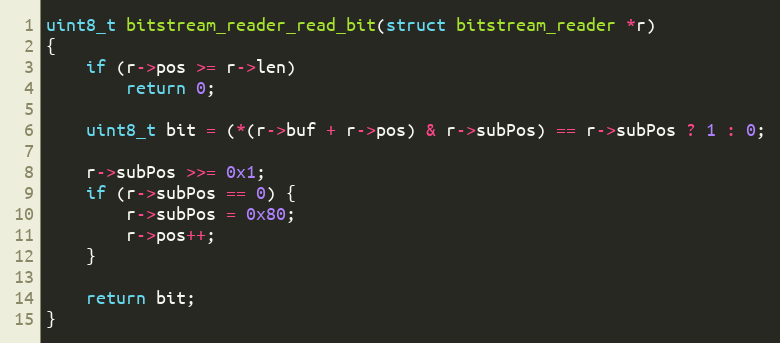
Language: C
uint8_t bitstream_reader_read_bit(struct bitstream_reader *r)
{
	if (r->pos >= r->len)
		return 0;

	uint8_t bit = (*(r->buf + r->pos) & r->subPos) == r->subPos ? 1 : 0;

	r->subPos >>= 0x1;
	if (r->subPos == 0) {
		r->subPos = 0x80;
		r->pos++;
	}

	return bit;
}